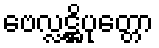
ဗေလ္လဋ္ဌိပုတ္တော